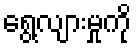
ရွေ့လျားမှုကို